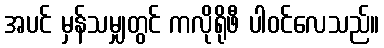
အပင် မှန်သမျှတွင် ကလိုရိုဖီ ပါဝင်လေသည်။